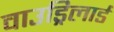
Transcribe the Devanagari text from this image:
वाउड्रिलार्ड